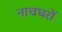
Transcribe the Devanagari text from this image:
नाचघरों